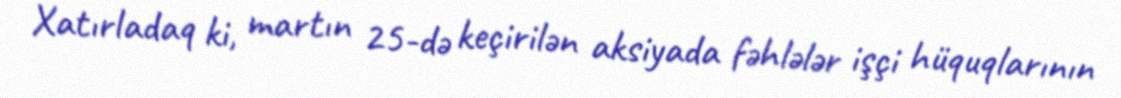
Xatırladaq ki, martın 25-də keçirilən aksiyada fəhlələr işçi hüquqlarının